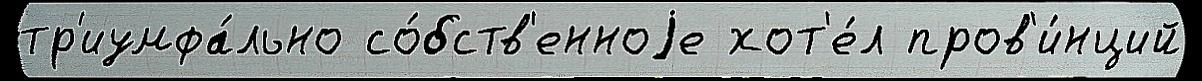
тр'иумфа́льно со́бств'енноjе хот'е́л пров'и́нций